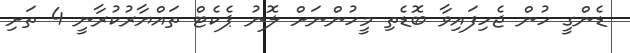
ޑެންގީ ހުން ޖެހިފައިވާ ބޮޑެތި މީހުންނަށް ލޮނު ޕެކެޓް ތައްޔާރުކުރާނީ 4 ތަށި